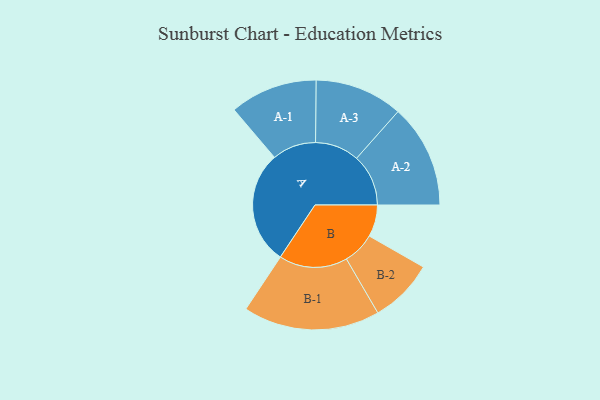
{"axis": {"x": "Segment", "y": "Value"}, "legend": ["", "A", "B"], "data": [{"x": "A", "y": 438, "type": ""}, {"x": "B", "y": 123, "type": ""}, {"x": "A-1", "y": 169, "type": "A"}, {"x": "A-2", "y": 200, "type": "A"}, {"x": "A-3", "y": 170, "type": "A"}, {"x": "B-1", "y": 264, "type": "B"}, {"x": "B-2", "y": 124, "type": "B"}]}